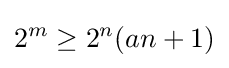
2^{m}\geq 2^{n}(an+1)